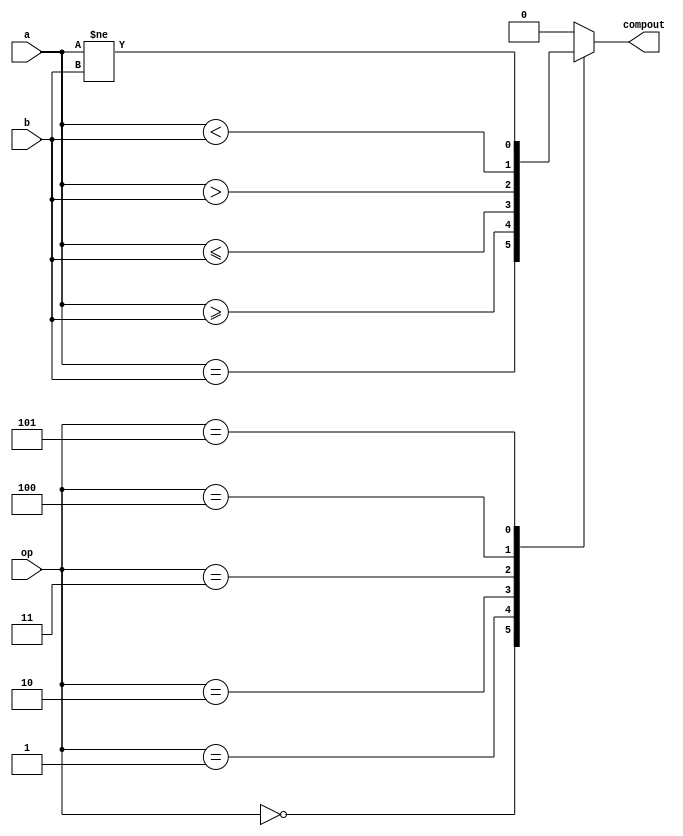
module Comparator (
	input 	[31:0]		a,
	input 	[31:0]	 	b,
	input 	[2:0] 		op,
	output  reg			compout
);
	always @(op or a or b)
	begin
		case (op)
			3'b000	:compout <= ( a==b );
			3'b001	:compout <= ( a >= b );
			3'b010	:compout <= (a <= b);
			3'b011	:compout <= (a > b);
			3'b100	:compout <= (a < b);
			3'b101	:compout <= (a != b);
			//Caso no haja opcode compout ser zero
			default	: compout = 1'b0;
		endcase
	end
endmodule